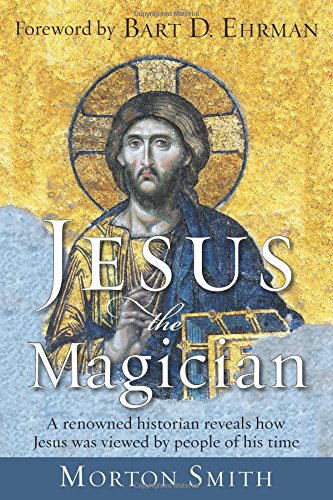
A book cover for Jesus the Magician: A renowned historian reveals how Jesus was viewed by people of his time; Morton Smith; Christian Books & Bibles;